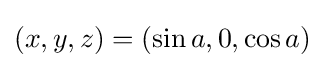
(x,y,z)=(\sin a,0,\cos a)